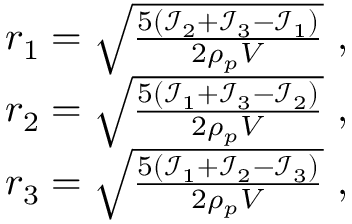
\begin{array} { r } { r _ { 1 } = \sqrt { \frac { 5 ( \mathcal { I } _ { 2 } + \mathcal { I } _ { 3 } - \mathcal { I } _ { 1 } ) } { 2 \rho _ { p } V } } \ , } \\ { r _ { 2 } = \sqrt { \frac { 5 ( \mathcal { I } _ { 1 } + \mathcal { I } _ { 3 } - \mathcal { I } _ { 2 } ) } { 2 \rho _ { p } V } } \ , } \\ { r _ { 3 } = \sqrt { \frac { 5 ( \mathcal { I } _ { 1 } + \mathcal { I } _ { 2 } - \mathcal { I } _ { 3 } ) } { 2 \rho _ { p } V } } \ , } \end{array}